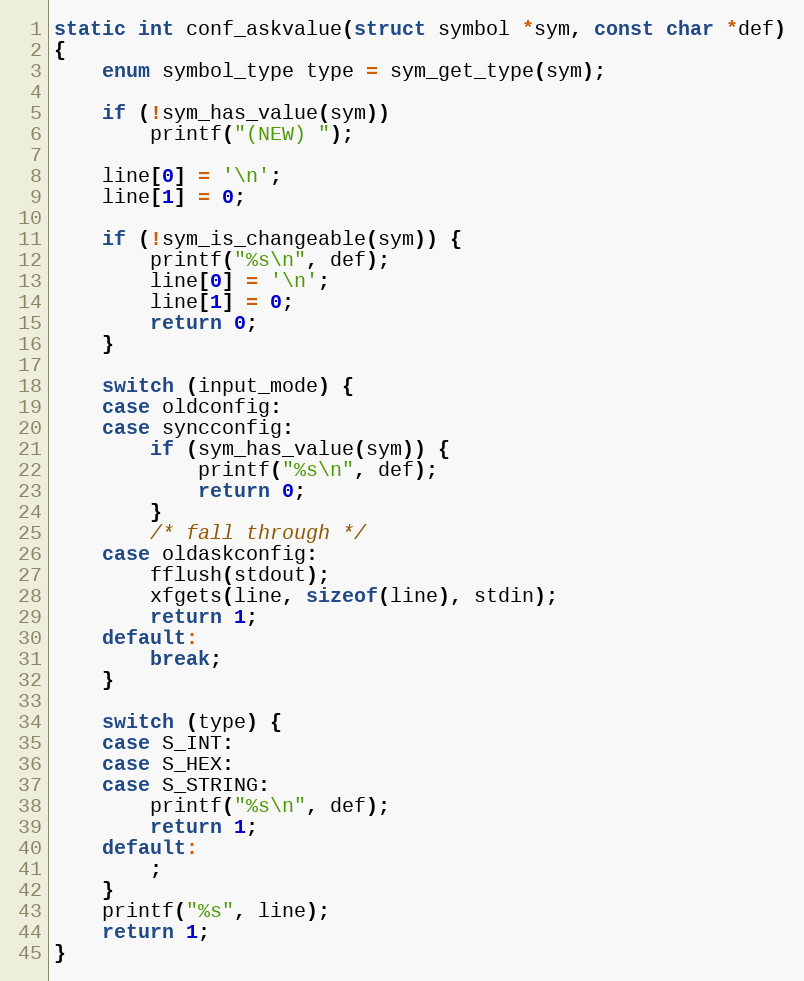
Language: C
static int conf_askvalue(struct symbol *sym, const char *def)
{
	enum symbol_type type = sym_get_type(sym);

	if (!sym_has_value(sym))
		printf("(NEW) ");

	line[0] = '\n';
	line[1] = 0;

	if (!sym_is_changeable(sym)) {
		printf("%s\n", def);
		line[0] = '\n';
		line[1] = 0;
		return 0;
	}

	switch (input_mode) {
	case oldconfig:
	case syncconfig:
		if (sym_has_value(sym)) {
			printf("%s\n", def);
			return 0;
		}
		/* fall through */
	case oldaskconfig:
		fflush(stdout);
		xfgets(line, sizeof(line), stdin);
		return 1;
	default:
		break;
	}

	switch (type) {
	case S_INT:
	case S_HEX:
	case S_STRING:
		printf("%s\n", def);
		return 1;
	default:
		;
	}
	printf("%s", line);
	return 1;
}